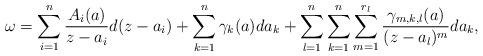
LaTeX: \begin{gather*}\omega =\sum\limits_{i=1}^n\frac{A_i(a)}{z-a_i}d(z-a_i) +\sum\limits_{k=1}^n \gamma_k(a)da_k+\sum\limits_{l=1}^n\sum\limits_{k=1}^n\sum\limits_{m=1}^{r_l}\frac{\gamma_{m, k, l}(a)}{(z-a_l)^m}da_k,\end{gather*}